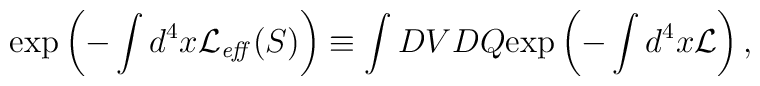
\exp\left(-\int d^4x {\cal L}_{\it eff}(S)\right) \equiv  \int DV DQ \mbox{exp}\left(-\int d^4x {\cal L}\right),